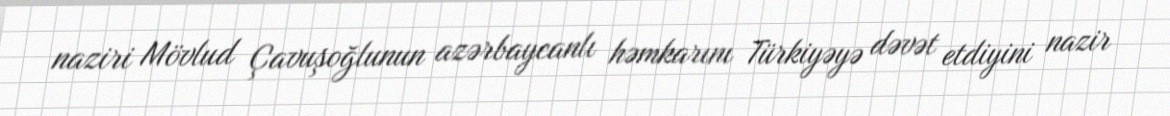
naziri Mövlud Çavuşoğlunun azərbaycanlı həmkarını Türkiyəyə dəvət etdiyini nazir